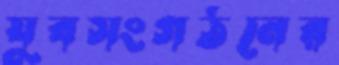
যুবসংগঠনের